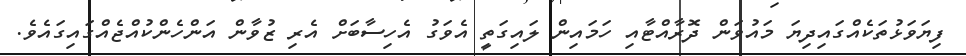
ފިޔަވަޅުތަކެއްގައިދިޔަ މައުވަން ދޮރާއްޓާއި ހަމައިން ލައިގަތީ އެވަގު އެހިސާބަށް އެރި ޒުވާން އަންހެންކުއްޖެއްގައިގައެވެ.